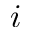
i